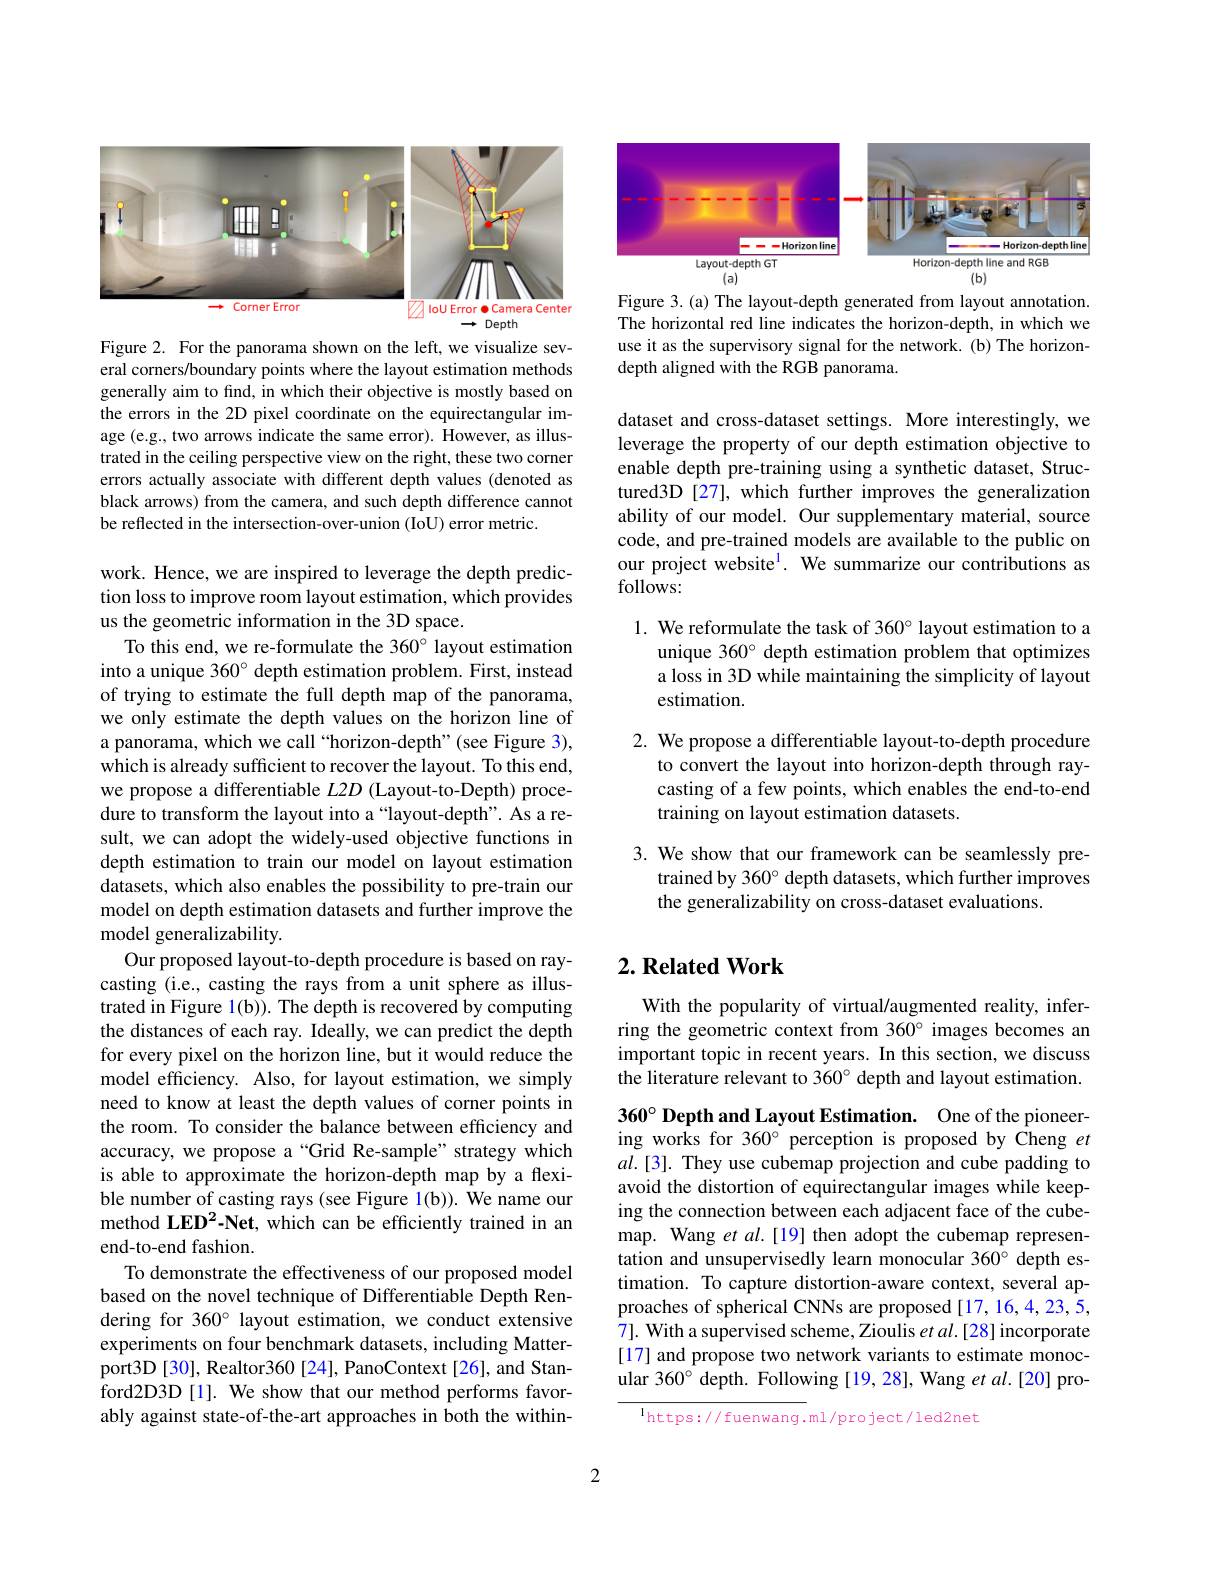
<FigureHere>

Figure 2. For the panorama shown on the left, we visualize several corners/boundary points where the layout estimation methods generally aim to fnd, in which their objective is mostly based on the errors in the 2D pixel coordinate on the equirectangular image (e.g., two arrows indicate the same error). However, as illustrated in the ceiling perspective view on the right, these two corner errors actually associate with different depth values (denoted as black arrows) from the camera, and such depth difference cannot be reflected in the intersection-over-union (IoU) error metric.

work. Hence, we are inspired to leverage the depth prediction loss to improve room layout estimation, which provides us the geometric information in the 3D space.
To this end, we re-formulate the 360° layout estimation into a unique 360° depth estimation problem. First, instead of trying to estimate the full depth map of the panorama, we only estimate the depth values on the horizon line of a panorama, which we call“horizon-depth”(see Figure 3), which is already sufficient to recover the layout. To this end, we propose a differentiable $L2D$ (Layout-to-Depth) procedure to transform the layout into a “layout-depth”. As a result, we can adopt the widely-used objective functions in depth estimation to train our model on layout estimation datasets, which also enables the possibility to pre-train our model on depth estimation datasets and further improve the model generalizability.
Our proposed layout-to-depth procedure is based on raycasting (i.e., casting the rays from a unit sphere as illustrated in Figure 1(b)). The depth is recovered by computing the distances of each ray. Ideally, we can predict the depth for every pixel on the horizon line, but it would reduce the model efficiency. Also, for layout estimation, we simply need to know at least the depth values of corner points in the room. To consider the balance between efficiency and accuracy, we propose a“Grid Re-sample” strategy which is able to approximate the horizon-depth map by a flexible number of casting rays (see Figure 1(b)). We name our method LED$^2\textbf{- Net, which can be efficiently trained in an}$ end-to-end fashion.
To demonstrate the effectiveness of our proposed model based on the novel technique of Differentiable Depth Rendering for 360° layout estimation, we conduct extensive experiments on four benchmark datasets, including Matterport3D [30], Realtor360 [24], PanoContext [26], and Stanford2D3D[1]. We show that our method performs favorably against state-of-the-art approaches in both the within-

<FigureHere>

Figure 3.(a) The layout-depth generated from layout annotation. The horizontal red line indicates the horizon-depth, in which we use it as the supervisory signal for the network. (b) The horizondepth aligned with the RGB panorama.

dataset and cross-dataset settings. More interestingly, we leverage the property of our depth estimation objective to enable depth pre-training using a synthetic dataset, Structured3D [27], which further improves the generalization ability of our model. Our supplementary material, source code, and pre-trained models are available to the public on our project website$^1.$ We summarize our contributions as $follows:$

1. We reformulate the task of 360° layout estimation to a
unique 360° depth estimation problem that optimizes a loss in 3D while maintaining the simplicity of layout estimation.

2. We propose a differentiable layout-to-depth procedure
to convert the layout into horizon-depth through raycasting of a few points, which enables the end-to-end training on layout estimation datasets.

3. We show that our framework can be seamlessly pre-
trained by 360° depth datasets, which further improves
the generalizability on cross-dataset evaluations.

## $2. \textbf{Related Work}$

With the popularity of virtual/augmented reality, inferring the geometric context from 360° images becomes an important topic in recent years. In this section, we discuss the literature relevant to 360° depth and layout estimation.

$360^{\circ} Depth and Layout Estimation. One of the pioneer-$ ing works for 360° perception is proposed by Cheng $et$ $al.[3].$ They use cubemap projection and cube padding to avoid the distortion of equirectangular images while keeping the connection between each adjacent face of the cubemap. Wang et al.[19] then adopt the cubemap representation and unsupervisedly learn monocular 360° depth estimation. To capture distortion-aware context, several approaches of spherical CNNs are proposed[17,16,4,23,5, $\hat{7}].$ With a supervised scheme, Zioulis $etal.[28]$ incorporate [17] and propose two network variants to estimate monocular 360° depth. Following [19, 28], Wang et al.[20] pro-

lhttps://fuenwang.ml/project/led2net

2